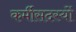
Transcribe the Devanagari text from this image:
कर्मीसदस्यों